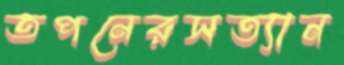
তপনেরসত্যান